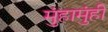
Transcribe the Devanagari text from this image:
मुंहामुंही